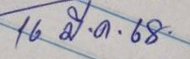
16 มี.ค. 68